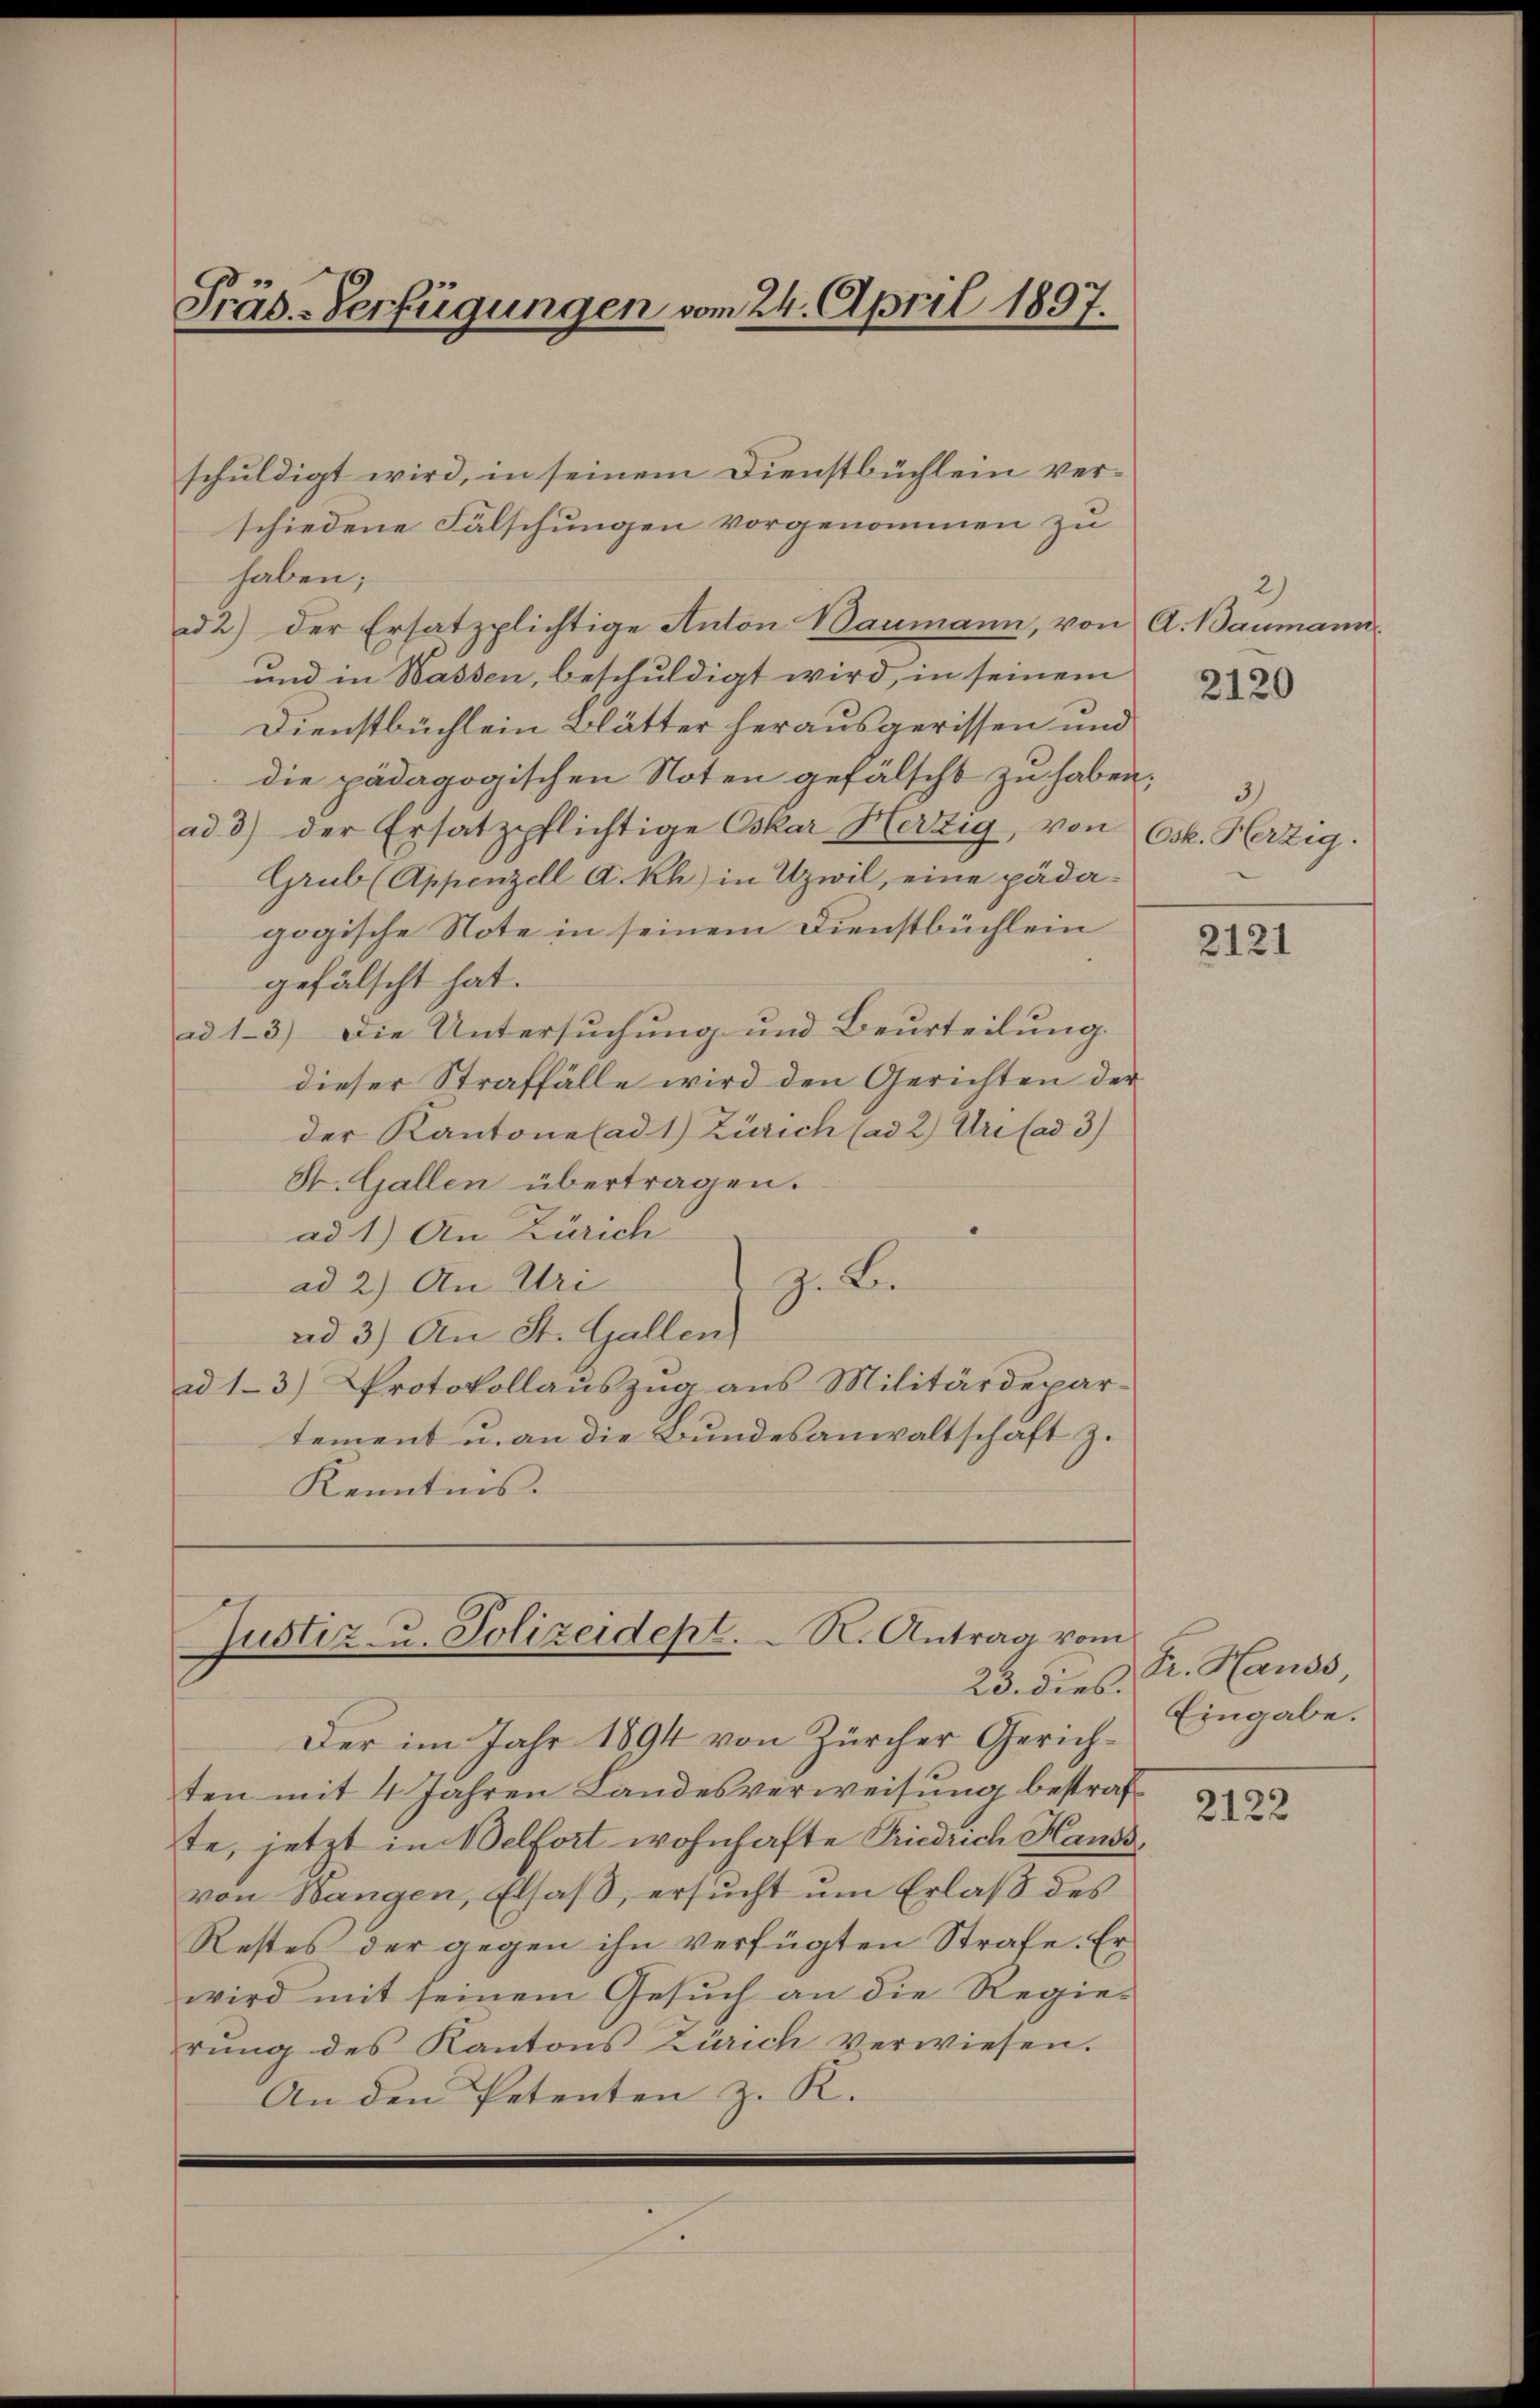
Präs.-Verfügungen vom 24. April 1897.

schuldigt wird, in seinem Dienstbüchlein verschiedene Fälschungen vorgenommen zu
haben;
ad 2) der Ersatzplichtige Anton Baumann, von
und in Wassen, beschuldigt wird, in seinem
Dienstbüchlein Blätter herausgerissen und
die pädagogischen Noten gefälscht zu haben; 3)
ad 3) der Ersatzpflichtige Oskar Herzig, von Osk. Herzig.
Grub (Appenzell A.Rh.) in Uzwil, eine pädagogische Note in seinem Dienstbüchlein
gefälscht hat.
ad 13.) Die Untersuchung und Beurteilung.
dieser Straffälle wird den Gerichten der
der Kantone ad 1) Zürich (ad 2) Uri (ad 3)
St. Gallen übertragen.
ad 1.) An Zürich
ad 2.) An Uri
Zu Be
ad 3.) An St. Gallen
ad 1-3.) Protokollauszug aus Militärdepartement u. an die Bundesanwaltschaft z.
Kenntnis.

Justiz- u. Polizeidept. R. Antrag vom
23. dies

Der im Jahr 1894 von Zürcher Gerichten mit 4 Jahren Landesverweisung bestrafte, jetzt in Belfort wohnhafte Friedrich Haussvon Wangen, Elsaß, ersucht um Erlaß des
Restes der gegen ihn verfügten Strafe. Er
wird mit seinem Gesuch an die Regierŭng des Kantons Zürich verwiesen.
An den Petenten z. R.

A. Baumann.
2120

2121

Fr. Hauss,
Eingabe.

2122